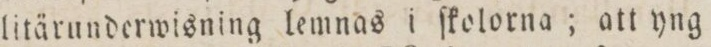
litärunderwisning lemnas i ſkolorna; att yng